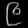
Digit: ၉